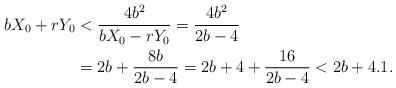
LaTeX: \begin{align*}bX_0+rY_0&<\frac{4b^2}{bX_0-rY_0}=\frac{4b^2}{2b-4}\\&=2b+\frac{8b}{2b-4}=2b+4+\frac{16}{2b-4}<2b+4.1.\end{align*}